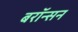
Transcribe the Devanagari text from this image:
बरॉन्सन